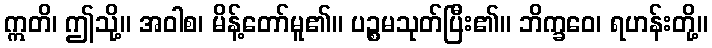
ဣတိ၊ ဤသို့။ အဝါစ၊ မိန့်တော်မူ၏။ ပဉ္စမသုတ်ပြီး၏။ ဘိက္ခဝေ၊ ရဟန်းတို့။